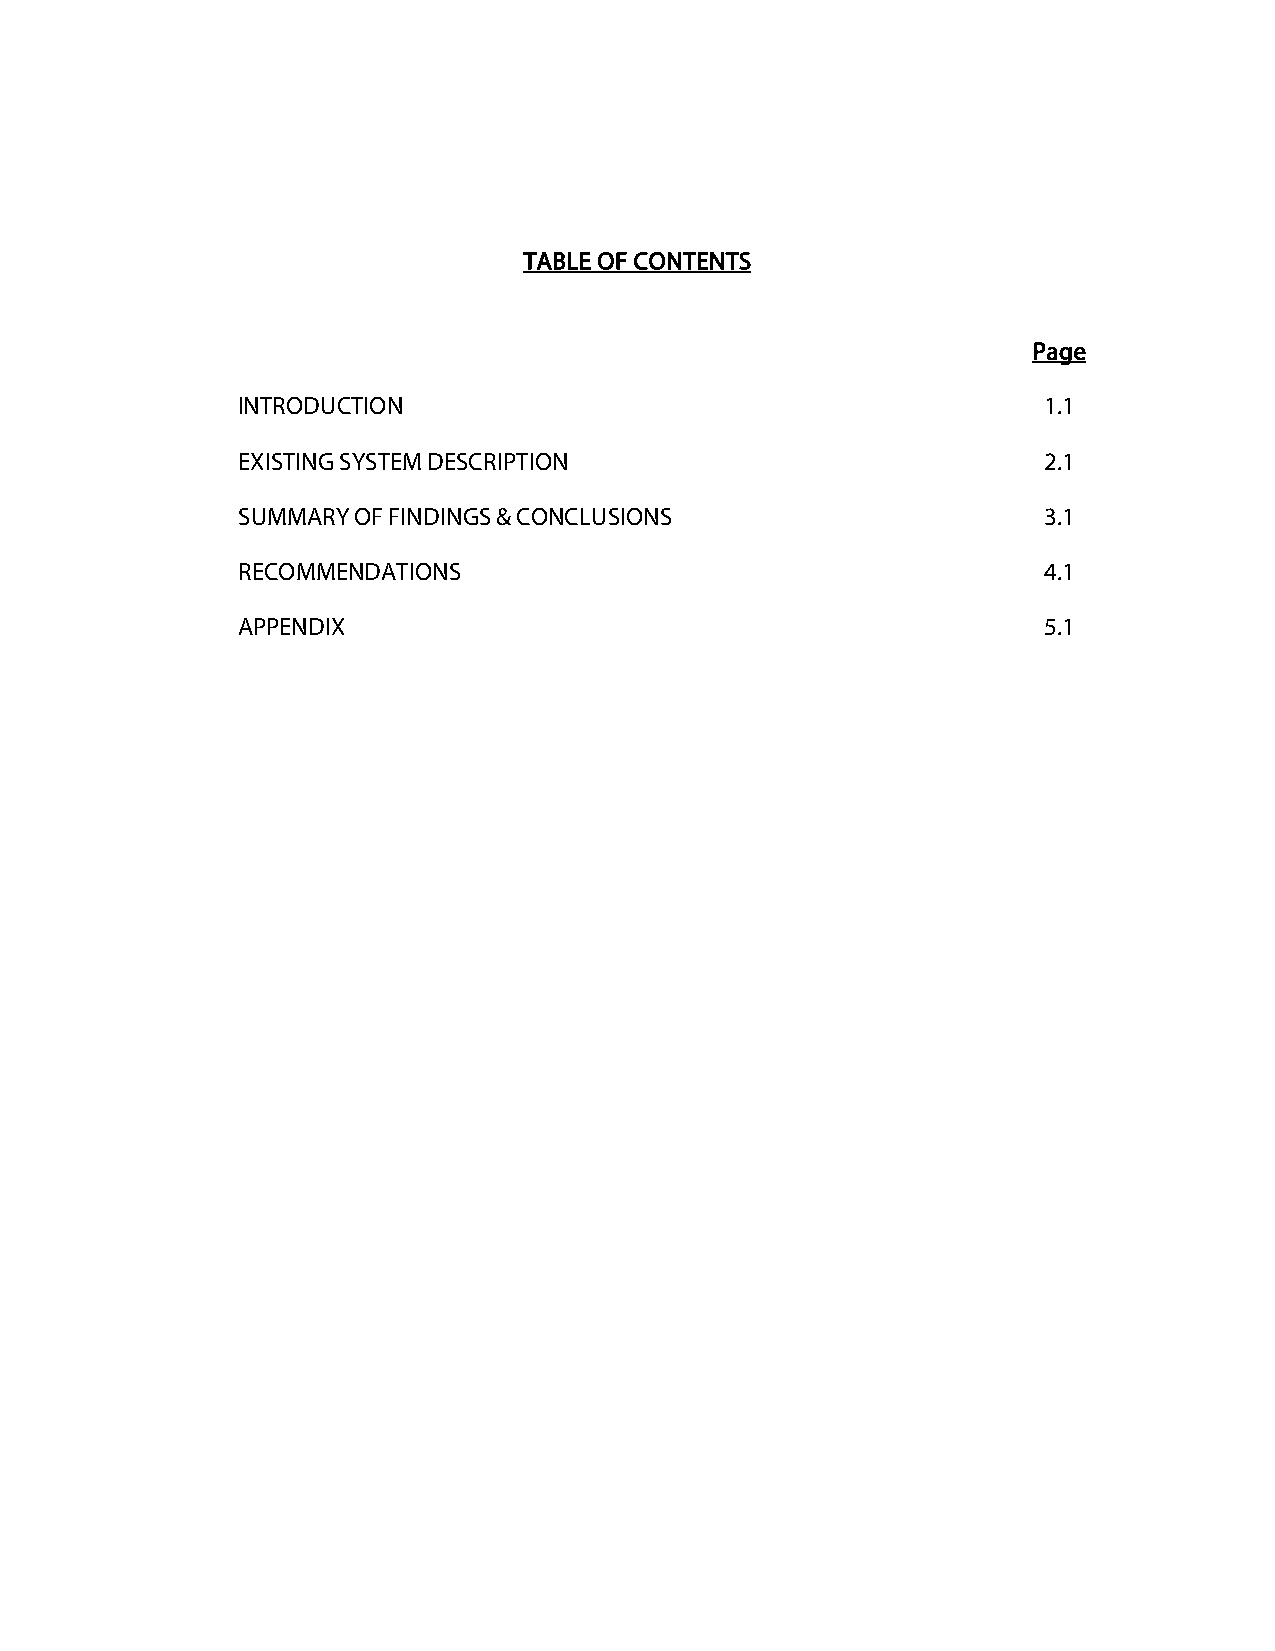
TABLE OF CONTENTS
 Page
 INTRODUCTION                                         1.1
 EXISTING SYSTEM DESCRIPTION                          2.1
 SUMMARY OF FINDINGS & CONCLUSIONS                    3.1
 RECOMMENDATIONS                                      4.1
 APPENDIX                                             5.1